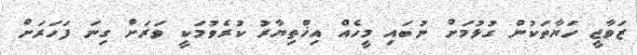
ޒަވާޖީ ހަޔާތަކުން ގުޅުމަށް ނުބައި މީހެއް އިޚްތިޔާރު ކުރެވުމަކީ ވަރަށް ގިނަ ފަހަރަށް